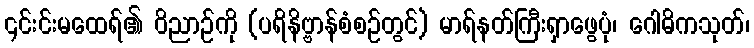
၎င်းင်းမထေရ်၏ ဝိညာဉ်ကို (ပရိနိဗ္ဗာန်စံစဉ်တွင်) မာရ်နတ်ကြီးရှာဖွေပုံ၊ ဂေါဓိကသုတ်၊